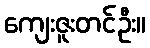
ကျေးဇူးတင်ဦး။